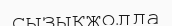
сызықжолда